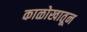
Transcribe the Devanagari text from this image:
काळोखातून